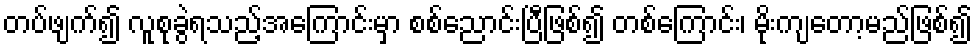
တပ်ဖျက်၍ လူစုခွဲရသည့်အကြောင်းမှာ စစ်ညောင်းပြီဖြစ်၍ တစ်ကြောင်း၊ မိုးကျတော့မည်ဖြစ်၍